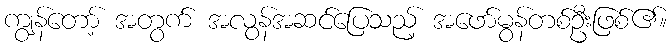
ကျွန်တော့် အတွက် အလွန်အဆင်ပြေသည့် အဖော်မွန်တစ်ဦးဖြစ်၏။